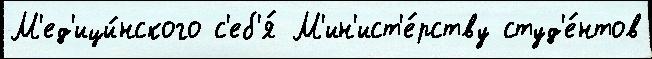
М'ед'ици́нского с'еб'я́ М'ин'ист'е́рству студ'е́нтов